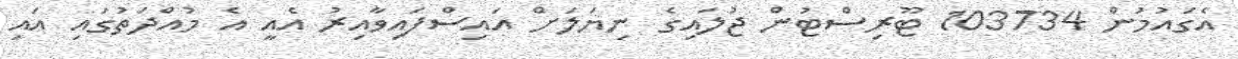
އެގައުމުން 103734 ޓޫރިސްޓުން ޖުލައިގެ ނިޔަލަށް އައިސްފައިވާއިރު އެއީ އެ މުއްދަތުގައި އައި